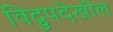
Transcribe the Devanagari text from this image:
विद्रुपदेखील